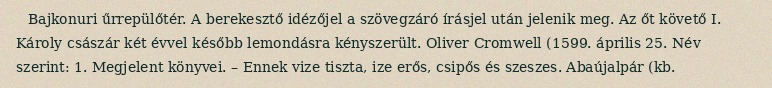
Bajkonuri űrrepülőtér. A berekesztő idézőjel a szövegzáró írásjel után jelenik meg. Az őt követő I. Károly császár két évvel később lemondásra kényszerült. Oliver Cromwell (1599. április 25. Név szerint: 1. Megjelent könyvei. – Ennek vize tiszta, ize erős, csipős és szeszes. Abaújalpár (kb.